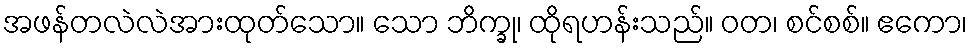
အဖန်တလဲလဲအားထုတ်သော။ သော ဘိက္ခု၊ ထိုရဟန်းသည်။ ဝတ၊ စင်စစ်။ ဧကော၊